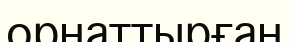
орнаттырған